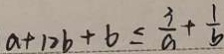
a + 1 2 b + b \leq \frac { 3 } { a } + \frac { 1 } { b }